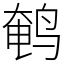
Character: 鹌